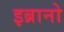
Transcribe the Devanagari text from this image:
इब्रानो